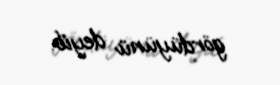
gördüyünü deyib.